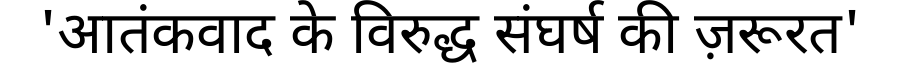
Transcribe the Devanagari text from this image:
'आतंकवाद के विरुद्ध संघर्ष की ज़रूरत'